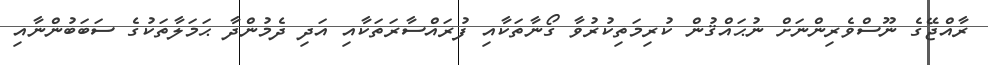
ރާއްޖޭގެ ނޫސްވެރިންނަށް ނުޙައްޤުން ކުރިމަތިކުރުވާ ގޯނާތަކާއި ފުރައްސާރަތަކާއި އަދި ދެމުންދާ ޙަމަލާތަކުގެ ސަބަބުންނާއި